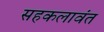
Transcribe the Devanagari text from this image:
सहकलावंत